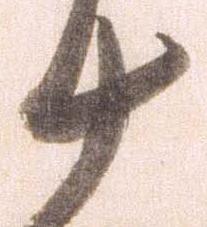
十